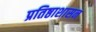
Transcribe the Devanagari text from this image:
प्रतिष्ठाशासन